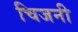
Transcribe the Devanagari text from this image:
चिजनी